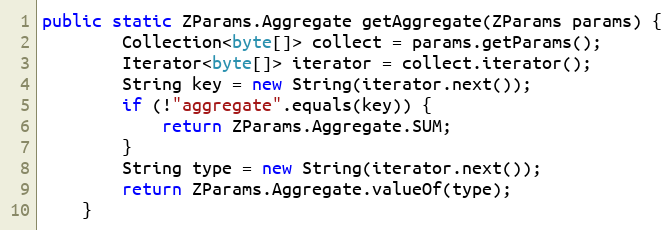
Language: Java
public static ZParams.Aggregate getAggregate(ZParams params) {
		Collection<byte[]> collect = params.getParams();
		Iterator<byte[]> iterator = collect.iterator();
		String key = new String(iterator.next());
		if (!"aggregate".equals(key)) {
			return ZParams.Aggregate.SUM;
		}
		String type = new String(iterator.next());
		return ZParams.Aggregate.valueOf(type);
	}